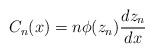
LaTeX: \begin{align*}C_{n}(x)= n\phi(z_n) \frac{dz_n}{dx}\end{align*}